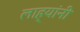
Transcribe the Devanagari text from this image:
लाह्यांनी